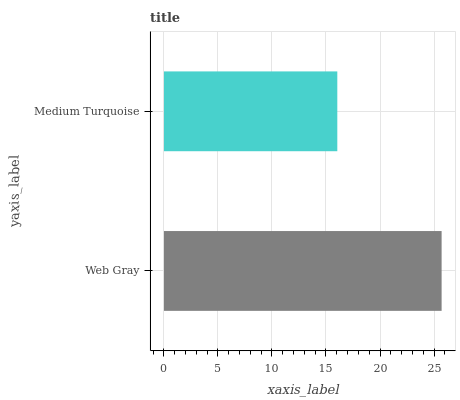
| yaxis_label | bars |
 | --- | --- |
 | Web Gray | 25.7 |
 | Medium Turquoise | 16 |